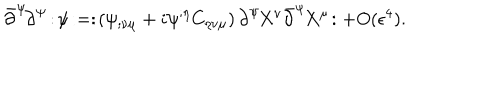
\bar { \partial } ^ { \Psi } \! \partial ^ { \Psi } \! : \! \psi \! : = : \! \left( \psi _ { ; \nu \mu } + i \psi ^ { ; \eta } C _ { \eta \nu \mu } \right) \partial ^ { \Psi } \! X ^ { \nu } \bar { \partial } ^ { \Psi } \! X ^ { \mu } \! : + O ( \epsilon ^ { 4 } ) .